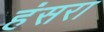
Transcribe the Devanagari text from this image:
हंसरा